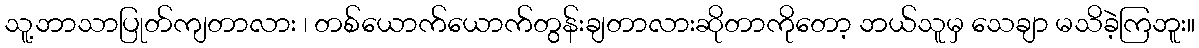
သူ့ဘာသာပြုတ်ကျတာလား ၊ တစ်ယောက်ယောက်တွန်းချတာလားဆိုတာကိုတော့ ဘယ်သူမှ သေချာ မသိခဲ့ကြဘူး။